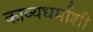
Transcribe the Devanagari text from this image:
काव्यधर्माशी